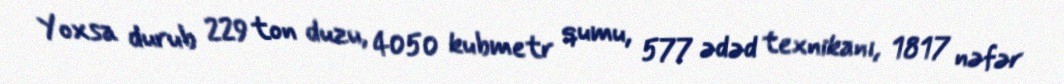
Yoxsa durub 229 ton duzu, 4050 kubmetr qumu, 577 ədəd texnikanı, 1817 nəfər